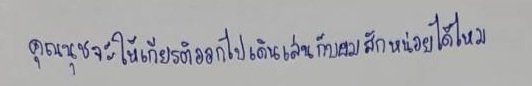
คุณนุชจะให้เกียรติออกไปเดินเล่นกับผมสักหน่อยได้ไหม?"